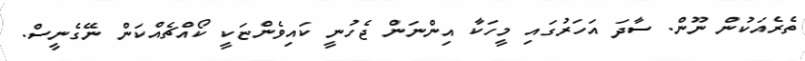
ތެރެއަކުން ނޫން. ސާދަ އަހަރުގައި މީހަކާ އިންނަން ޖެހުނީ ކައިވެންޏަކީ ކޯއްޗެއްކަން ނޭގެނީސް.